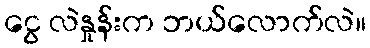
ငွေ လဲနှုန်းက ဘယ်လောက်လဲ။